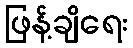
ဖြန့်ချိရေး